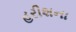
હરીશના